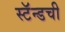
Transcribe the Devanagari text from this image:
स्टॅन्डची